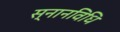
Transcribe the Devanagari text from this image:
स्नानविधि